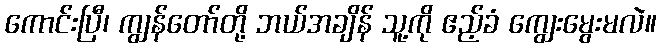
ကောင်းပြီ၊ ကျွန်တော်တို့ ဘယ်အချိန် သူ့ကို ဧည့်ခံ ကျွေးမွေးမလဲ။